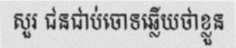
សួរ ជនជាប់ចោទឆ្លើយថាខ្លួន